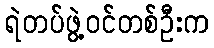
ရဲတပ်ဖွဲ့ဝင်တစ်ဦးက